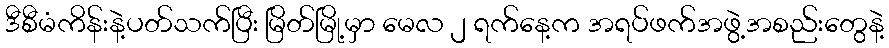
ဒီစီမံကိန်းနဲ့ပတ်သက်ပြီး မြိတ်မြို့မှာ မေလ ၂ ရက်နေ့က အရပ်ဖက်အဖွဲ့အစည်းတွေနဲ့